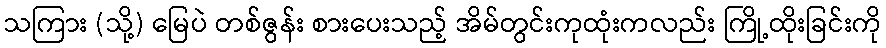
သကြား (သို့) မြေပဲ တစ်ဇွန်း စားပေးသည့် အိမ်တွင်းကုထုံးကလည်း ကြို့ထိုးခြင်းကို